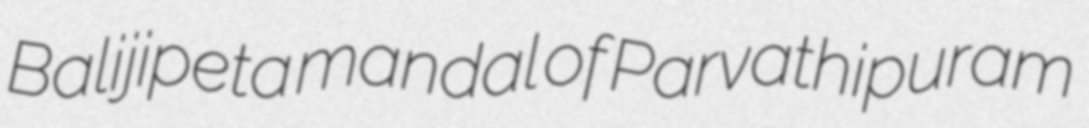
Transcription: Balijipeta mandal of Parvathipuram